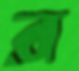
র